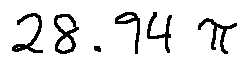
2 8 . 9 4 \pi